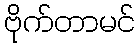
ဗိုက်တာမင်